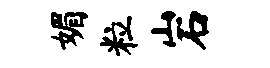
媚粒岩